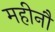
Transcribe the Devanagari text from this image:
महीनौ